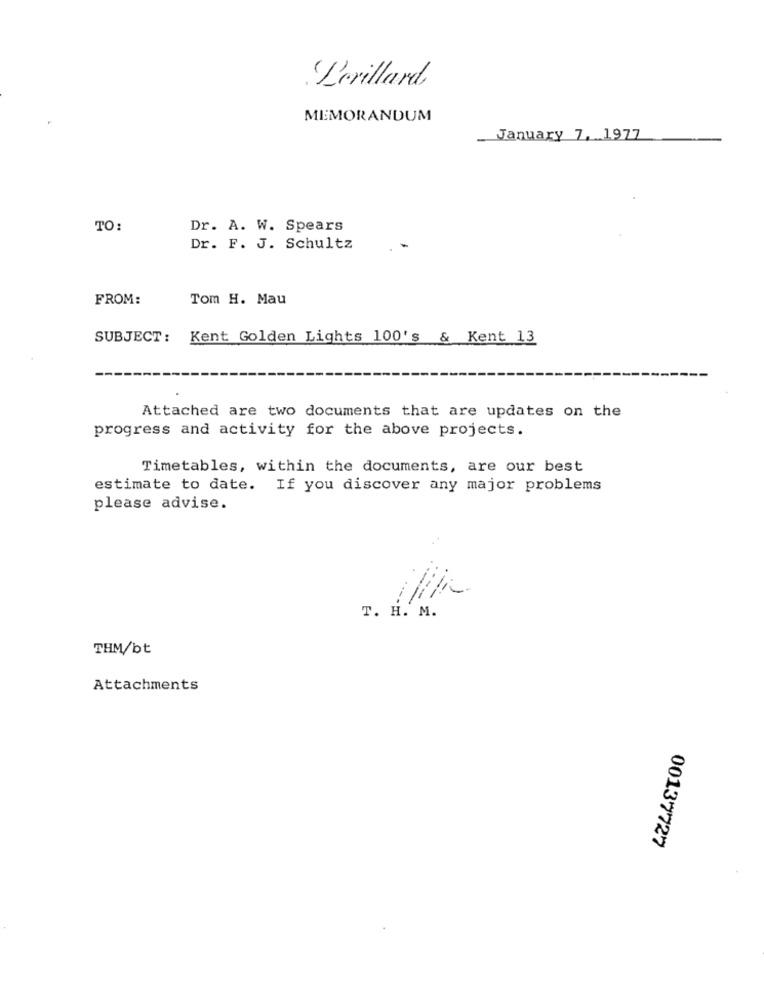
Lorillard
MEMORANDUM
January 7, 1977
TO:
Dr. A. W. Spears
Dr. F. J. Schultz
FROM:
Tom H. Mau
SUBJECT: Kent Golden Lights 100's & Kent 13
Attached are two documents that are updates on the
progress and activity for the above projects.
Timetables, within the documents, are our best
estimate to date. If you discover any major problems
please advise.
T. H. M.
THM/bt
Attachments
00137727